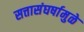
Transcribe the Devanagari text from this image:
सत्तासंघर्षामुळे